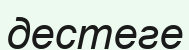
дестеге